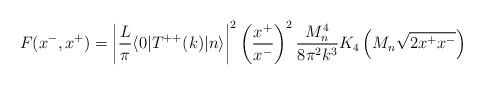
\begin{align*}F(x^-,x^+)=\left|{L \over \pi} \langle 0 | T^{++}(k) |n \rangle \right|^2\left({x^+ \over x^-}\right)^2 {M_n^4 \over 8 \pi^2 k^3}K_4\left(M_n\sqrt{2 x^+ x^-}\right)\end{align*}